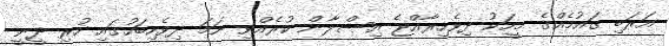
އަރަބި ގައުމެއްގެ މީހަކު ދިވެހިރާއްޖެ އިސްލާން ކުރެއްވި ނަމަ ދިވެހިބަހުގައި ހުރި ދީނީ